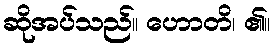
ဆိုအပ်သည်။ ဟောတိ၊ ၏။